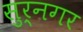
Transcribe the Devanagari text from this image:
सुर्नगर